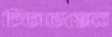
চিতাভস্মের